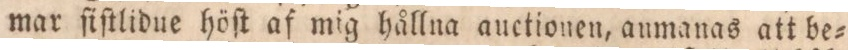
mar ſiſtlidue höſt af mig hållna auctionen, aumanas att be=